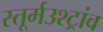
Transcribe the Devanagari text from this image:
स्तूर्मउश्ट्रांव